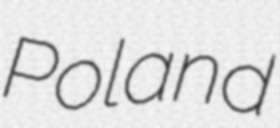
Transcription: Poland